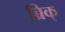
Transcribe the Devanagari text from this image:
ब्रिक्